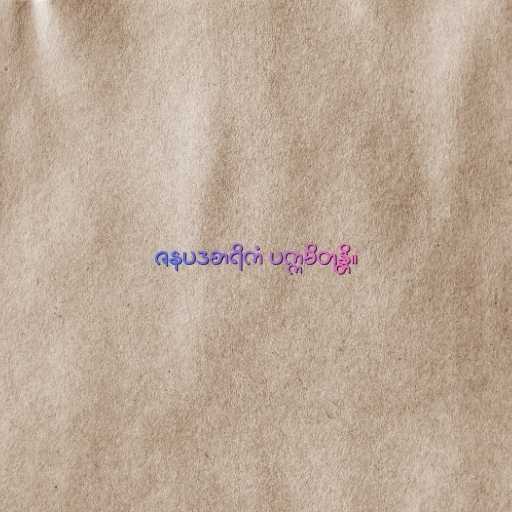
ဇနပဒစာရိကံ ပက္ကမိတုန္တိ။